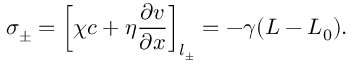
\sigma _ { \pm } = \left[ \chi c + \eta \frac { \partial v } { \partial x } \right] _ { l _ { \pm } } = - \gamma ( L - L _ { 0 } ) .